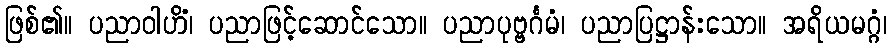
ဖြစ်၏။ ပညာဝါဟိံ၊ ပညာဖြင့်ဆောင်သော။ ပညာပုဗ္ဗင်္ဂမံ၊ ပညာပြဋ္ဌာန်းသော။ အရိယမဂ္ဂံ၊